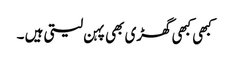
کبھی کبھی گھڑی بھی پہن لیتی ہیں ۔